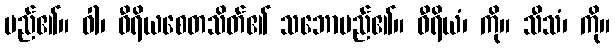
မည်၏။ ဝါ၊ ဝီရိယစေတသိတ်၏ သဘောမည်၏။ ဝီရိယံ၊ ကို။ သီသံ၊ ကို။